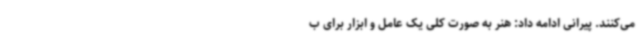
می‌کنند. پیرانی ادامه داد: هنر به صورت کلی یک عامل و ابزار برای ب